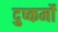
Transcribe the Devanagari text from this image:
दुष्कर्मो